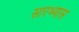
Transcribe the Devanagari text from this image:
सारथ्यास